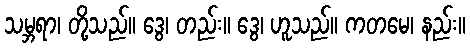
သမ္ဘရာ၊ တို့သည်။ ဒွေ၊ တည်း။ ဒွေ၊ ဟူသည်။ ကတမေ၊ နည်း။